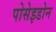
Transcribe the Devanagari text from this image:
पोसेइडोन